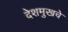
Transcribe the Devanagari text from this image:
देशमुखचे